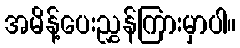
အမိန့်ပေးညွှန်ကြားမှာပါ။